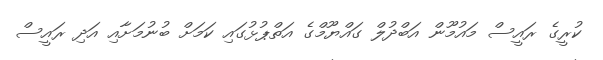
ކުރީގެ ރައީސް މައުމޫން އަބްދުލް ގައްޔޫމްގެ އަތްޕުޅުގައި ކަމަށް ބުނުމަށާއި އަދި ރައީސް